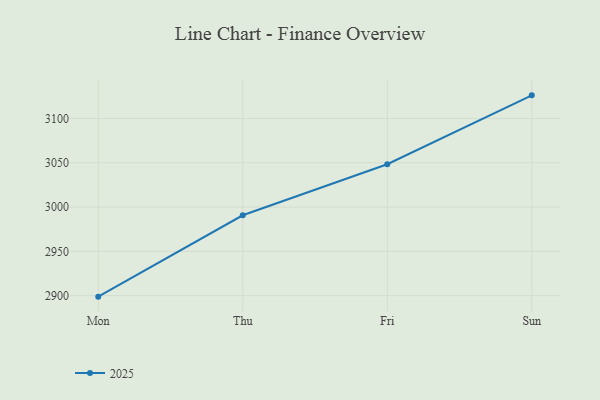
{"axis": {"x": "Day", "y": "Net Income (USD K)"}, "legend": ["2025"], "data": [{"x": "Mon", "y": 2898.9, "type": "2025"}, {"x": "Thu", "y": 2990.7, "type": "2025"}, {"x": "Fri", "y": 3048.3, "type": "2025"}, {"x": "Sun", "y": 3126.0, "type": "2025"}]}